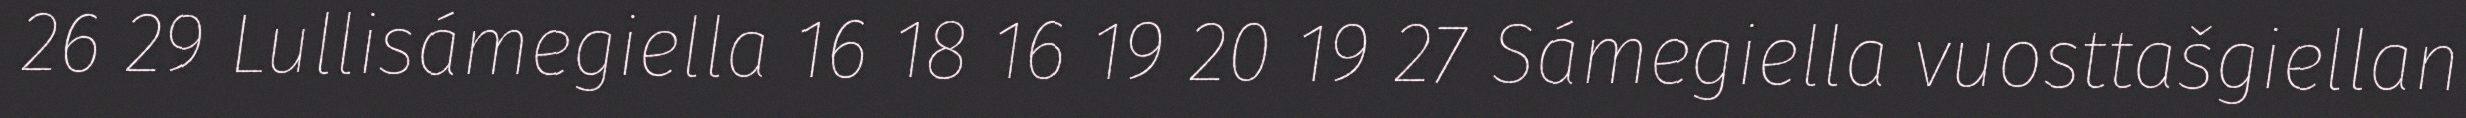
26 29 Lullisámegiella 16 18 16 19 20 19 27 Sámegiella vuosttašgiellan